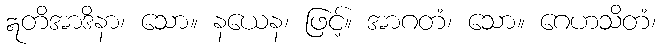
ဣတိအာဒိနာ၊ သော။ နယေန၊ ဖြင့်။ အာဂတံ၊ သော။ ဂေဟသိတံ၊